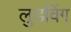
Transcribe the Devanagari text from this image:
लुडविंग